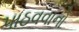
પાઠવવાનો